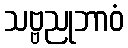
သဗ္ဗညုဘာဝံ